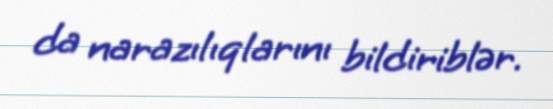
da narazılıqlarını bildiriblər.